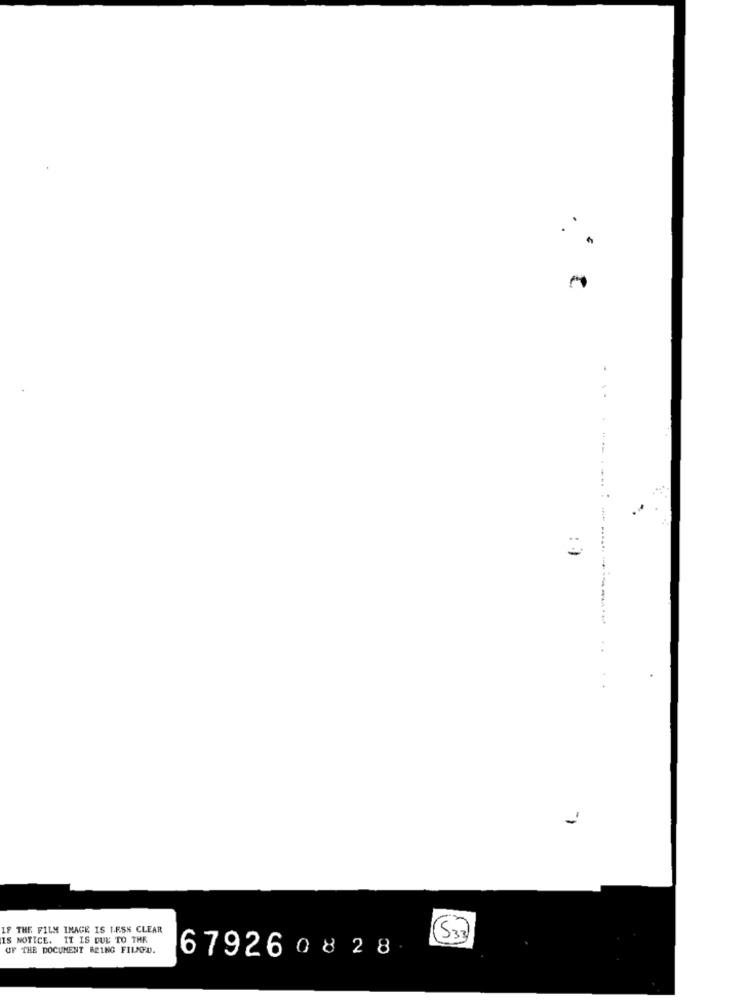
...........
: +
..
IF THE FILM IMAGE IS LESS CLEAR
IS NOTICE. IT IS DUE TO THE
(53)
OF THE DOCUMENT BEING FILKED.
679260828